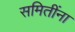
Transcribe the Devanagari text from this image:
समितींना